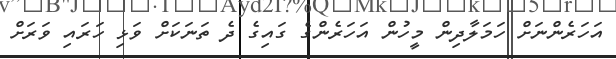
އަހަރެންނަށް ހަމަލާދިން މީހުން އަހަރެންގެ ގައިގެ ދެ ތަނަކަށް ވަޅި ހަރައި ވަރަށް